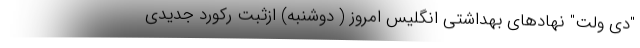
"دی ولت" نهادهای بهداشتی انگلیس امروز ( دوشنبه) ازثبت رکورد جدیدی